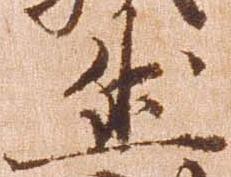
然